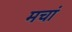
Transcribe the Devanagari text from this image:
मचां